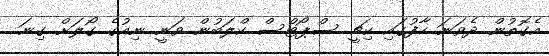
އެގޮތުން ދެވަނަ ހާފުގައި ކިޗީ ސްޕޯޓްސް ކްލަބުން ވަނީ ނިއުގެ ގޯލަށް ގިނަ